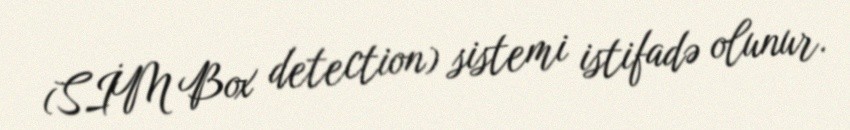
(SİM Box detection) sistemi istifadə olunur.